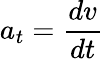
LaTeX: a_{t}={\frac{dv}{dt}}